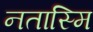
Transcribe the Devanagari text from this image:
नतास्मि